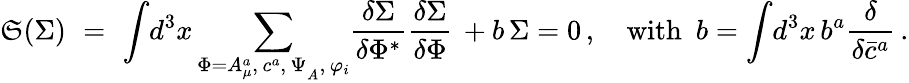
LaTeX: {\cal\mathfrak{S}}(\Sigma)\, \, =\, \, \displaystyle{\int}d^{3}x\, \displaystyle{\sum_{\Phi=A_{\mu}^{a},\, c^{a},\, \Psi_{_A},\, \varphi_{i}}^{}}{\displaystyle{\frac{{\delta\Sigma}}{{\delta\Phi^{*}}}}}{\displaystyle{\frac{{\delta\Sigma}}{{\delta\Phi}}}}\, +b\, \Sigma=0\, ,\quad\mathrm{{with~}}\ b=\displaystyle{\int}d^{3}x\, b^{a}{{\displaystyle{\frac{{\delta}}{{\delta\bar{{c}}^{a}}}}}}\, .